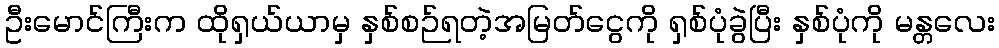
ဦးမောင်ကြီးက ထိုရှယ်ယာမှ နှစ်စဉ်ရတဲ့အမြတ်ငွေကို ရှစ်ပုံခွဲပြီး နှစ်ပုံကို မန္တလေး